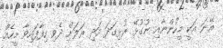
އޭނަ އަކީ މީހުންނާއި ނުގުޅޭ ރުޅިގަދަ އަދި ރަލަށް ދެވި ހިފާފައިވާ މީހެއް